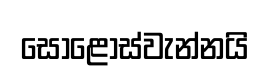
සොළොස්වැන්නයි